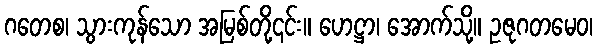
ဂတေစ၊ သွားကုန်သော အမြစ်တို့၎င်း။ ဟေဋ္ဌာ၊ အောက်သို့။ ဥဇုဂတမေဝ၊